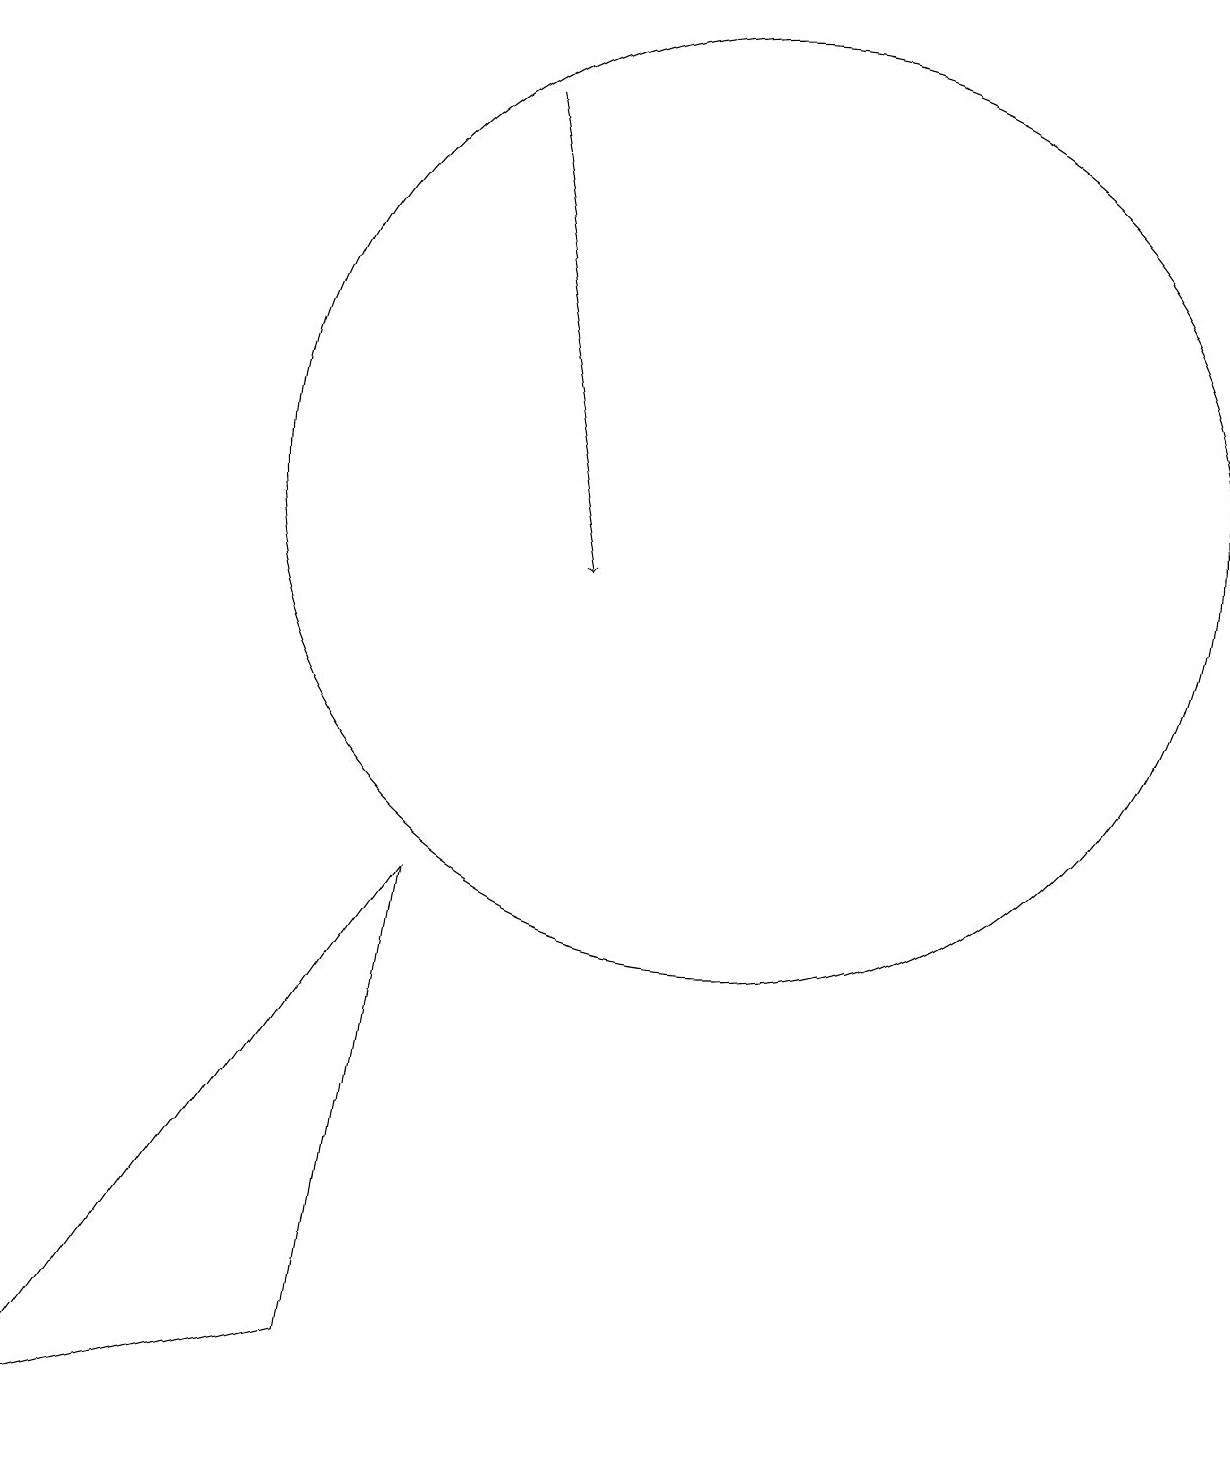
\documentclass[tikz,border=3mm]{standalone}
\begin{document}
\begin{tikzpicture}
\draw (5,1) -- (1,0) -- (6,7) -- cycle;
\draw[->] (7,17) -- (8,11);
\draw (10,12) circle (6);
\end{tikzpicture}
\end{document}